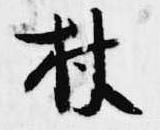
杖